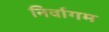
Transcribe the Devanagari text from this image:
निर्वागम